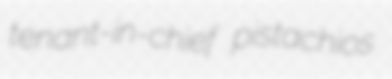
tenant-in-chief pistachios